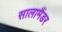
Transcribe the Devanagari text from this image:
सालामैंडर